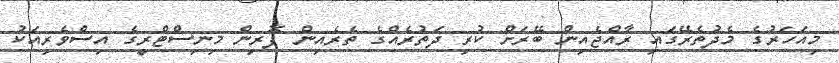
މިއަހަރުގެ މެދުތެރޭގައި ރާއްޖެއިން ބޭރަށް ކުރި ދަތުރެއްގެ ތެރެއިން ފޮރިން މިނިސްޓްރީގެ އިސްވެރިއަކު